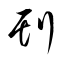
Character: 刊